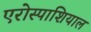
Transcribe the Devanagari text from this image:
एरोस्पाशियाल